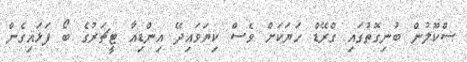
ސްކޫލުން ބުނިގޮތުގައި ގްރޭޑް ހަޔަކަށް ވެސް ކިޔަވައިދޭ އިންޑިއާ ޓީޗަރުގެ ބޯ ފަޅައިގެން